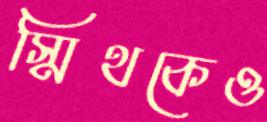
স্মিথকেও